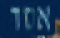
אסד